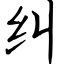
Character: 纠